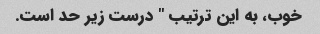
خوب، به این ترتیب " درست زیر حد است.